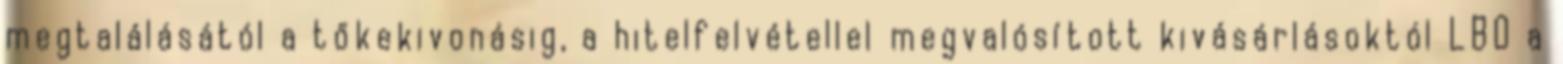
megtalálásától a tőkekivonásig, a hitelfelvétellel megvalósított kivásárlásoktól LBO a